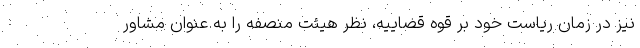
نیز در زمان ریاست خود بر قوه قضاییه، نظر هیئت منصفه را به عنوان مشاور